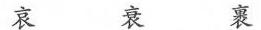
哀 衰 裹